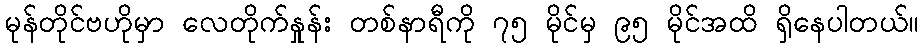
မုန်တိုင်ဗဟိုမှာ လေတိုက်နှုန်း တစ်နာရီကို ၇၅ မိုင်မှ ၉၅ မိုင်အထိ ရှိနေပါတယ်။